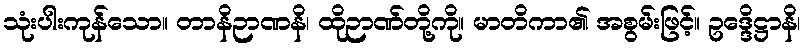
သုံးပါးကုန်သော။ တာနိဉာဏနိ၊ ထိုဉာဏ်တို့ကို။ မာတိကာ၏ အစွမ်းဖြင့်။ ဥဒ္ဒေိဋ္ဌာနိ၊